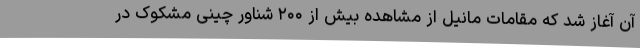
آن آغاز شد که مقامات مانیل از مشاهده بیش از ۲۰۰ شناور چینی مشکوک در